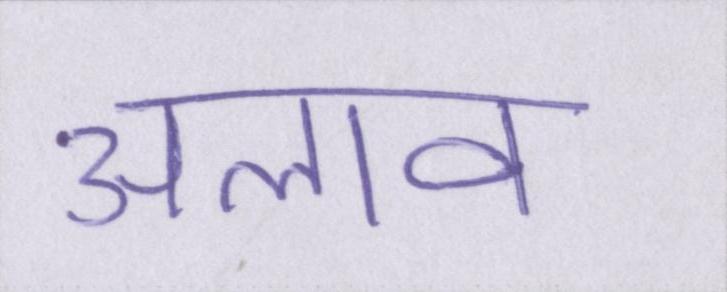
अलाव